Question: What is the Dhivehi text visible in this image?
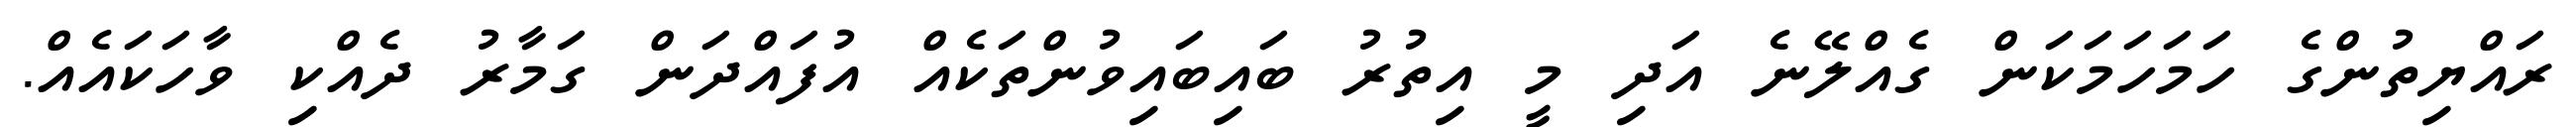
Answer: ރައްޔިތުންގެ ހަމަހަމަކަން ގެއްލޭނެ އަދި މީ އިތުރު ބައިބައިވުންތަކެއް އުފައްދަން ގަމާރު ދެއްކި ވާހަކައެއް.